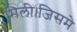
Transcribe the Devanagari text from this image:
मिली।जिसमे